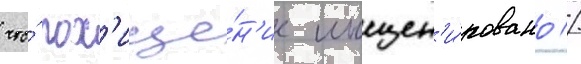
что́ пох'ище́н'ие инсцен'и́ровано //